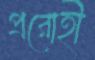
প্ররোহী